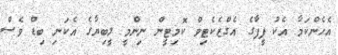
އެހެންކަމާ އެކު ފީފާގެ އެގްޒެކެޓިވް ކޮމިޓީން ނިންމީ ލީބިޔާގެ އެކަނި ބިޑް ވެސް